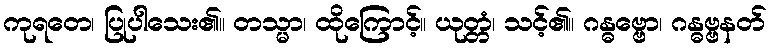
ကုရတေ၊ ပြုပါသေး၏။ တသ္မာ၊ ထိုကြောင့်။ ယုတ္တံ၊ သင့်၏။ ဂန္ဓဗ္ဗော၊ ဂန္ဓဗ္ဗနတ်